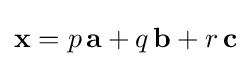
\mathbf {x} =p\,\mathbf {a} +q\,\mathbf {b} +r\,\mathbf {c}